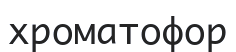
хроматофор